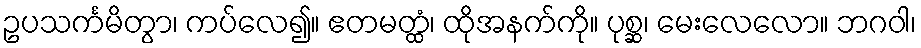
ဥပသင်္ကမိတွာ၊ ကပ်လေ၍။ ဧတမတ္ထံ၊ ထိုအနက်ကို။ ပုစ္ဆ၊ မေးလေလော။ ဘဂဝါ၊